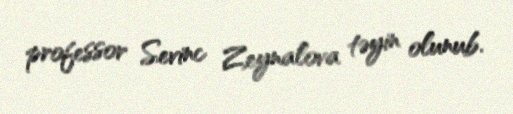
professor Sevinc Zeynalova təyin olunub.